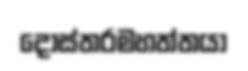
දොස්තරමහත්තයා